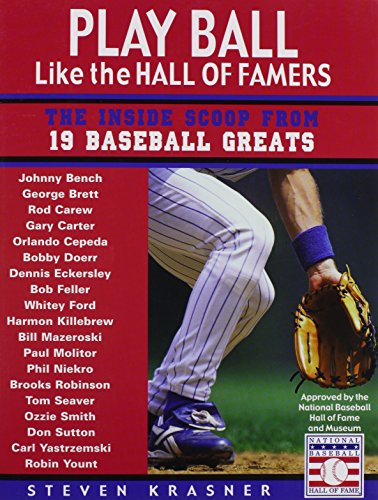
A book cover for Play Ball Like the Hall Of Famers: The Inside Scoop from 19 Baseball Greats; Steven Krasner; Teen & Young Adult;